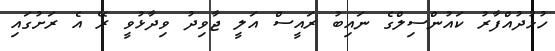
ހުޅުދުއްފާރު ކައުންސިލްގެ ނައިބު ރައީސް އަލީ ޖާވިދު ވިދާޅުވީ ރޭ އެ ރަށުގައި